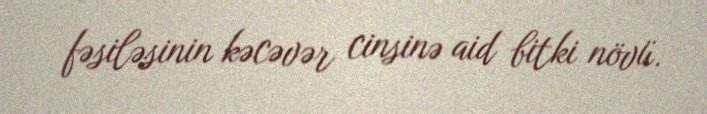
fəsiləsinin kəcəvər cinsinə aid bitki növü.